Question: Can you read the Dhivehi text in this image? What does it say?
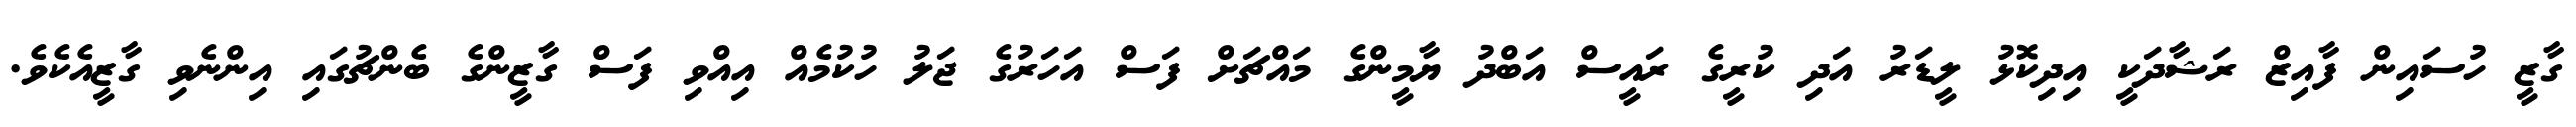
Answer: ގާޒީ ހުސައިން ފާއިޒް ރަޝާދަކީ އިދިކޮޅު ލީޑަރު އަދި ކުރީގެ ރައީސް އަބްދު ޔާމީންގެ މައްޗަށް ފަސް އަހަރުގެ ޖަލު ހުކުމެއް އިއްވި ފަސް ގާޒީންގެ ބެންޗުގައި އިންނެވި ގާޒީއެކެވެ.